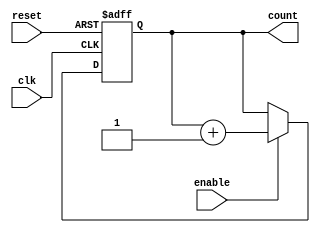
module binary_up_counter_enable (
  input wire clk,          // clock input
  input wire reset,        // asynchronous reset input
  input wire enable,       // enable input
  output reg [3:0] count   // 4-bit binary up counter output
);

  // asynchronous reset logic
  always @(posedge clk or posedge reset) begin
    if (reset) begin
      count <= 4'b0000;
    end else begin
      if (enable) begin
        count <= count + 1;
      end
    end
  end

endmodule